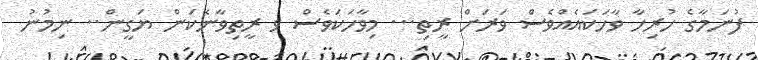
ފުނަމާގެ ހުރިހާ ވާހަކައެއްވެސް ވަރަށް ރީތި... މިވާހަކަވެސް ވ ރީތިވާނެކަން ޔަގީން.. ނިމުނު